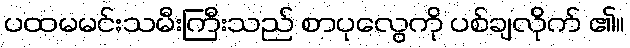
ပထမမင်းသမီးကြီးသည် စာပုလွေကို ပစ်ချလိုက် ၏။